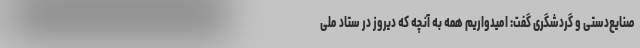
صنایع‌دستی و گردشگری گفت: امیدواریم همه به آنچه که دیروز در ستاد ملی